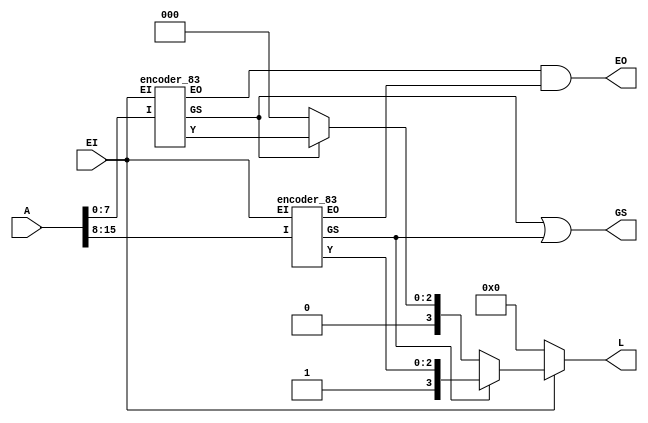
// ======================================================================
// Affiliation:			Tsinghua Univ
// Module Name:			encoder_164
// Description:			16-4 encoder
// Additional Comments:	VL16 on nowcoder
// ======================================================================

`timescale 1ns/1ns

module encoder_164 (
	input	wire	[15: 0]		A,
	input	wire				EI,
	output	wire	[3: 0]		L,
	output	wire				GS,
	output	wire				EO
);

wire	[2: 0]	Y_out_1;
wire			GS_out_1;
wire			EO_out_1;
wire	[2: 0]	Y_out_2;
wire			GS_out_2;
wire			EO_out_2;

assign L  = (EI == 1'b0) ? 4'b0000 : 
			((GS_out_2 == 1'b1) ? {1'b1, Y_out_2} : 
			((GS_out_1 == 1'b1) ? {1'b0, Y_out_1} : 4'b0000));
assign GS = GS_out_1 | GS_out_2;
assign EO = EO_out_1 & EO_out_2;

encoder_83 u_encoder_83_1 (
	.I     ( A[7: 0]  ),
	.EI    ( EI       ),
	.Y     ( Y_out_1  ),
	.GS    ( GS_out_1 ),
	.EO    ( EO_out_1 )
);

encoder_83 u_encoder_83_2 (
	.I     ( A[15: 8] ),
	.EI    ( EI       ),
	.Y     ( Y_out_2  ),
	.GS    ( GS_out_2 ),
	.EO    ( EO_out_2 )
);

endmodule


module encoder_83(
   input      [7:0]       I   ,
   input                  EI  ,
   
   output wire [2:0]      Y   ,
   output wire            GS  ,
   output wire            EO    
);
assign Y[2] = EI & (I[7] | I[6] | I[5] | I[4]);
assign Y[1] = EI & (I[7] | I[6] | ~I[5]&~I[4]&I[3] | ~I[5]&~I[4]&I[2]);
assign Y[0] = EI & (I[7] | ~I[6]&I[5] | ~I[6]&~I[4]&I[3] | ~I[6]&~I[4]&~I[2]&I[1]);

assign EO = EI&~I[7]&~I[6]&~I[5]&~I[4]&~I[3]&~I[2]&~I[1]&~I[0];

assign GS = EI&(I[7] | I[6] | I[5] | I[4] | I[3] | I[2] | I[1] | I[0]);
//assign GS = EI&(| I);
         
endmodule